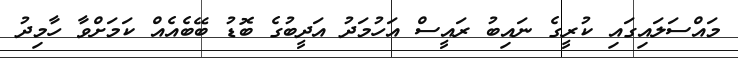
މައްސަލައިގައި ކުރީގެ ނައިބު ރައީސް އަހުމަދު އަދީބުގެ ބޮޑު ބޭބެއެއް ކަމަށްވާ ހާމިދު